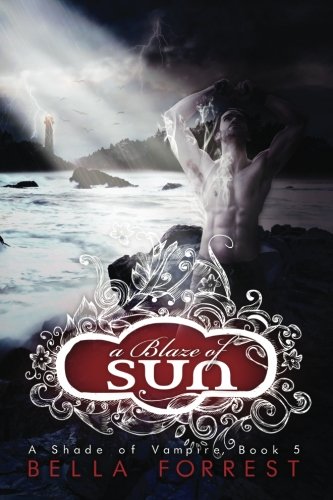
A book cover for A Shade Of Vampire 5: A Blaze Of Sun; Bella Forrest; Romance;